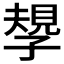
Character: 𡦑